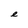
Character: e